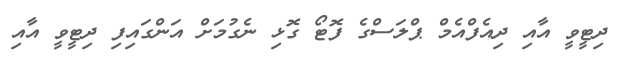
ދިޓީވީ އާއި ދިއެފްއެމް ޕްލަސްގެ ފޮޓޯ ގޮޅި ނެގުމަށް އަންގައިފި ދިޓީވީ އާއި